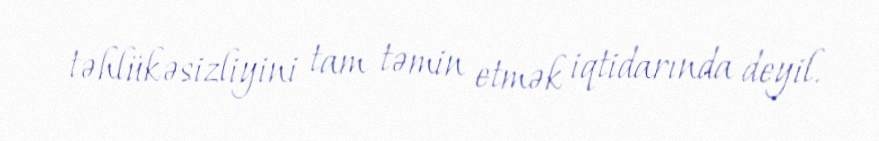
təhlükəsizliyini tam təmin etmək iqtidarında deyil.